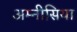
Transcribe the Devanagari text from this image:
अम्नीसिया